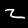
Label: 2